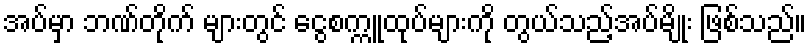
အပ်မှာ ဘဏ်တိုက် များတွင် ငွေစက္ကူထုပ်များကို တွယ်သည့်အပ်မျိုး ဖြစ်သည်။